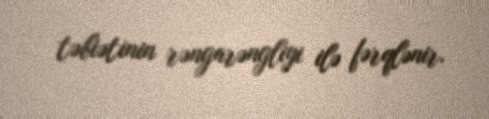
təbiətinin rəngarəngliyi ilə fərqlənir.